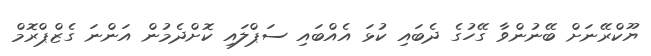
ޔޫކްރޭނަށް ބޭނުންވާ ގޭހުގެ ދެބައި ކުޅަ އެއްބައި ސަޕްލައި ކޮށްދެމުން އަންނަ ގެޒްޕްރޮމް